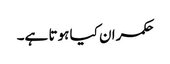
حکمران کیا ہوتا ہے۔